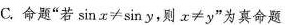
C.命题”若$$\sin x ≠ \sin y$$，则$$x ≠ y$$”为真命题